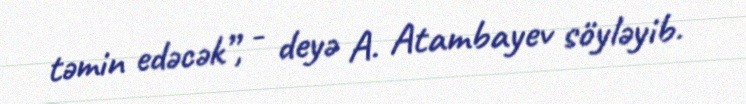
təmin edəcək”, - deyə A. Atambayev söyləyib.